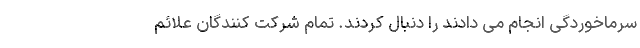
سرماخوردگی انجام می دادند را دنبال کردند. تمام شرکت کنندگان علائم